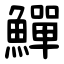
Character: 鱓